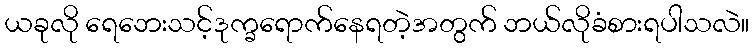
ယခုလို ရေဘေးသင့်ဒုက္ခရောက်နေရတဲ့အတွက် ဘယ်လိုခံစားရပါသလဲ။